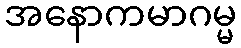
အနောကမာဂမ္မ